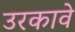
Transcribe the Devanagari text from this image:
उरकावे